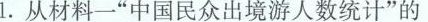
1.从材料一”中国民众出境游人数统计”的